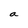
Character: a